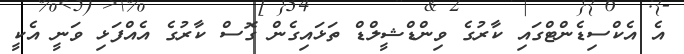
އެ އެކްސިޑެންޓްގައި ކާރުގެ ވިންޑްޝީލްޑް ތަޅައިގެން ގޮސް ކާރުގެ އެއްފަޅި ވަނީ އެކީ